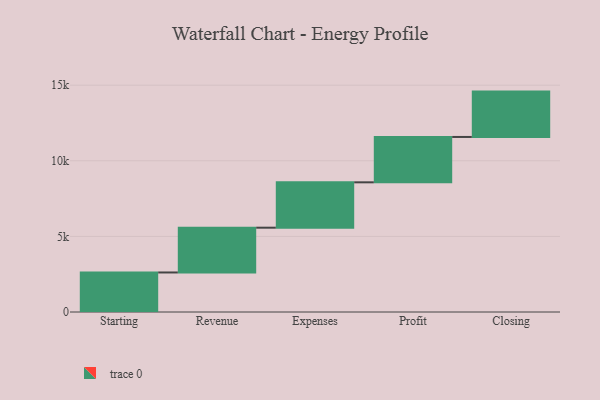
{"axis": {"x": "Step", "y": "Value"}, "legend": [""], "data": [{"x": "Starting", "y": 2614.0, "type": ""}, {"x": "Revenue", "y": 2962.0, "type": ""}, {"x": "Expenses", "y": 3000, "type": ""}, {"x": "Profit", "y": 3000, "type": ""}, {"x": "Closing", "y": 3000, "type": ""}]}